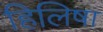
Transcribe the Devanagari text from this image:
हिलिषा